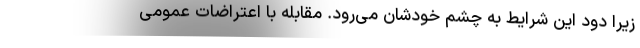
زیرا دود این شرایط به چشم خودشان می‌رود. مقابله با اعتراضات عمومی